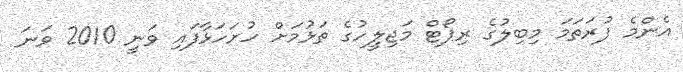
އެންމެ ފުރަތަމަ މިބިލުގެ ރިޕޯޓް މަޖިލީހުގެ ތަޅުމަށް ހުށަހަޅާފައި ވަނީ 2010 ވަނަ